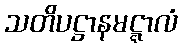
သတိပဋ္ဌာနမဋ္ဋာလံ